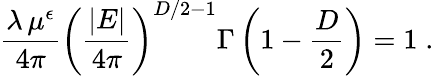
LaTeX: \frac{\lambda\, \mu^{\epsilon}}{4\pi}\left(\frac{|E|}{4\pi}\right)^{{D}/2-1}\Gamma\left(1-\frac{D}{2}\right)=1\; .